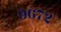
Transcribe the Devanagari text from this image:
९६७२